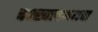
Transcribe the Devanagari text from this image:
चपखलअथवा